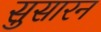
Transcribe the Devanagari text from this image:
सुसारन